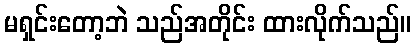
မရှင်းတော့ဘဲ သည်အတိုင်း ထားလိုက်သည်။